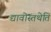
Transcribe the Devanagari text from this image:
द्यावोस्तथेति